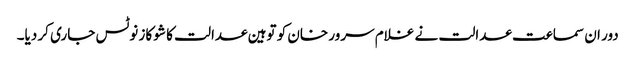
دور ان سماعت عدالت نے غلام سرور خان کو توہین عدالت کا شو کاز نوٹس جاری کر دیا۔